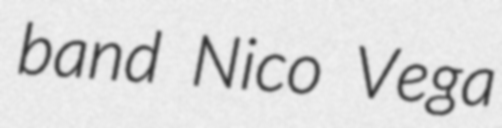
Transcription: band Nico Vega